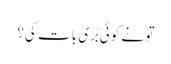
تو نے کوئی بُری بات کی؟